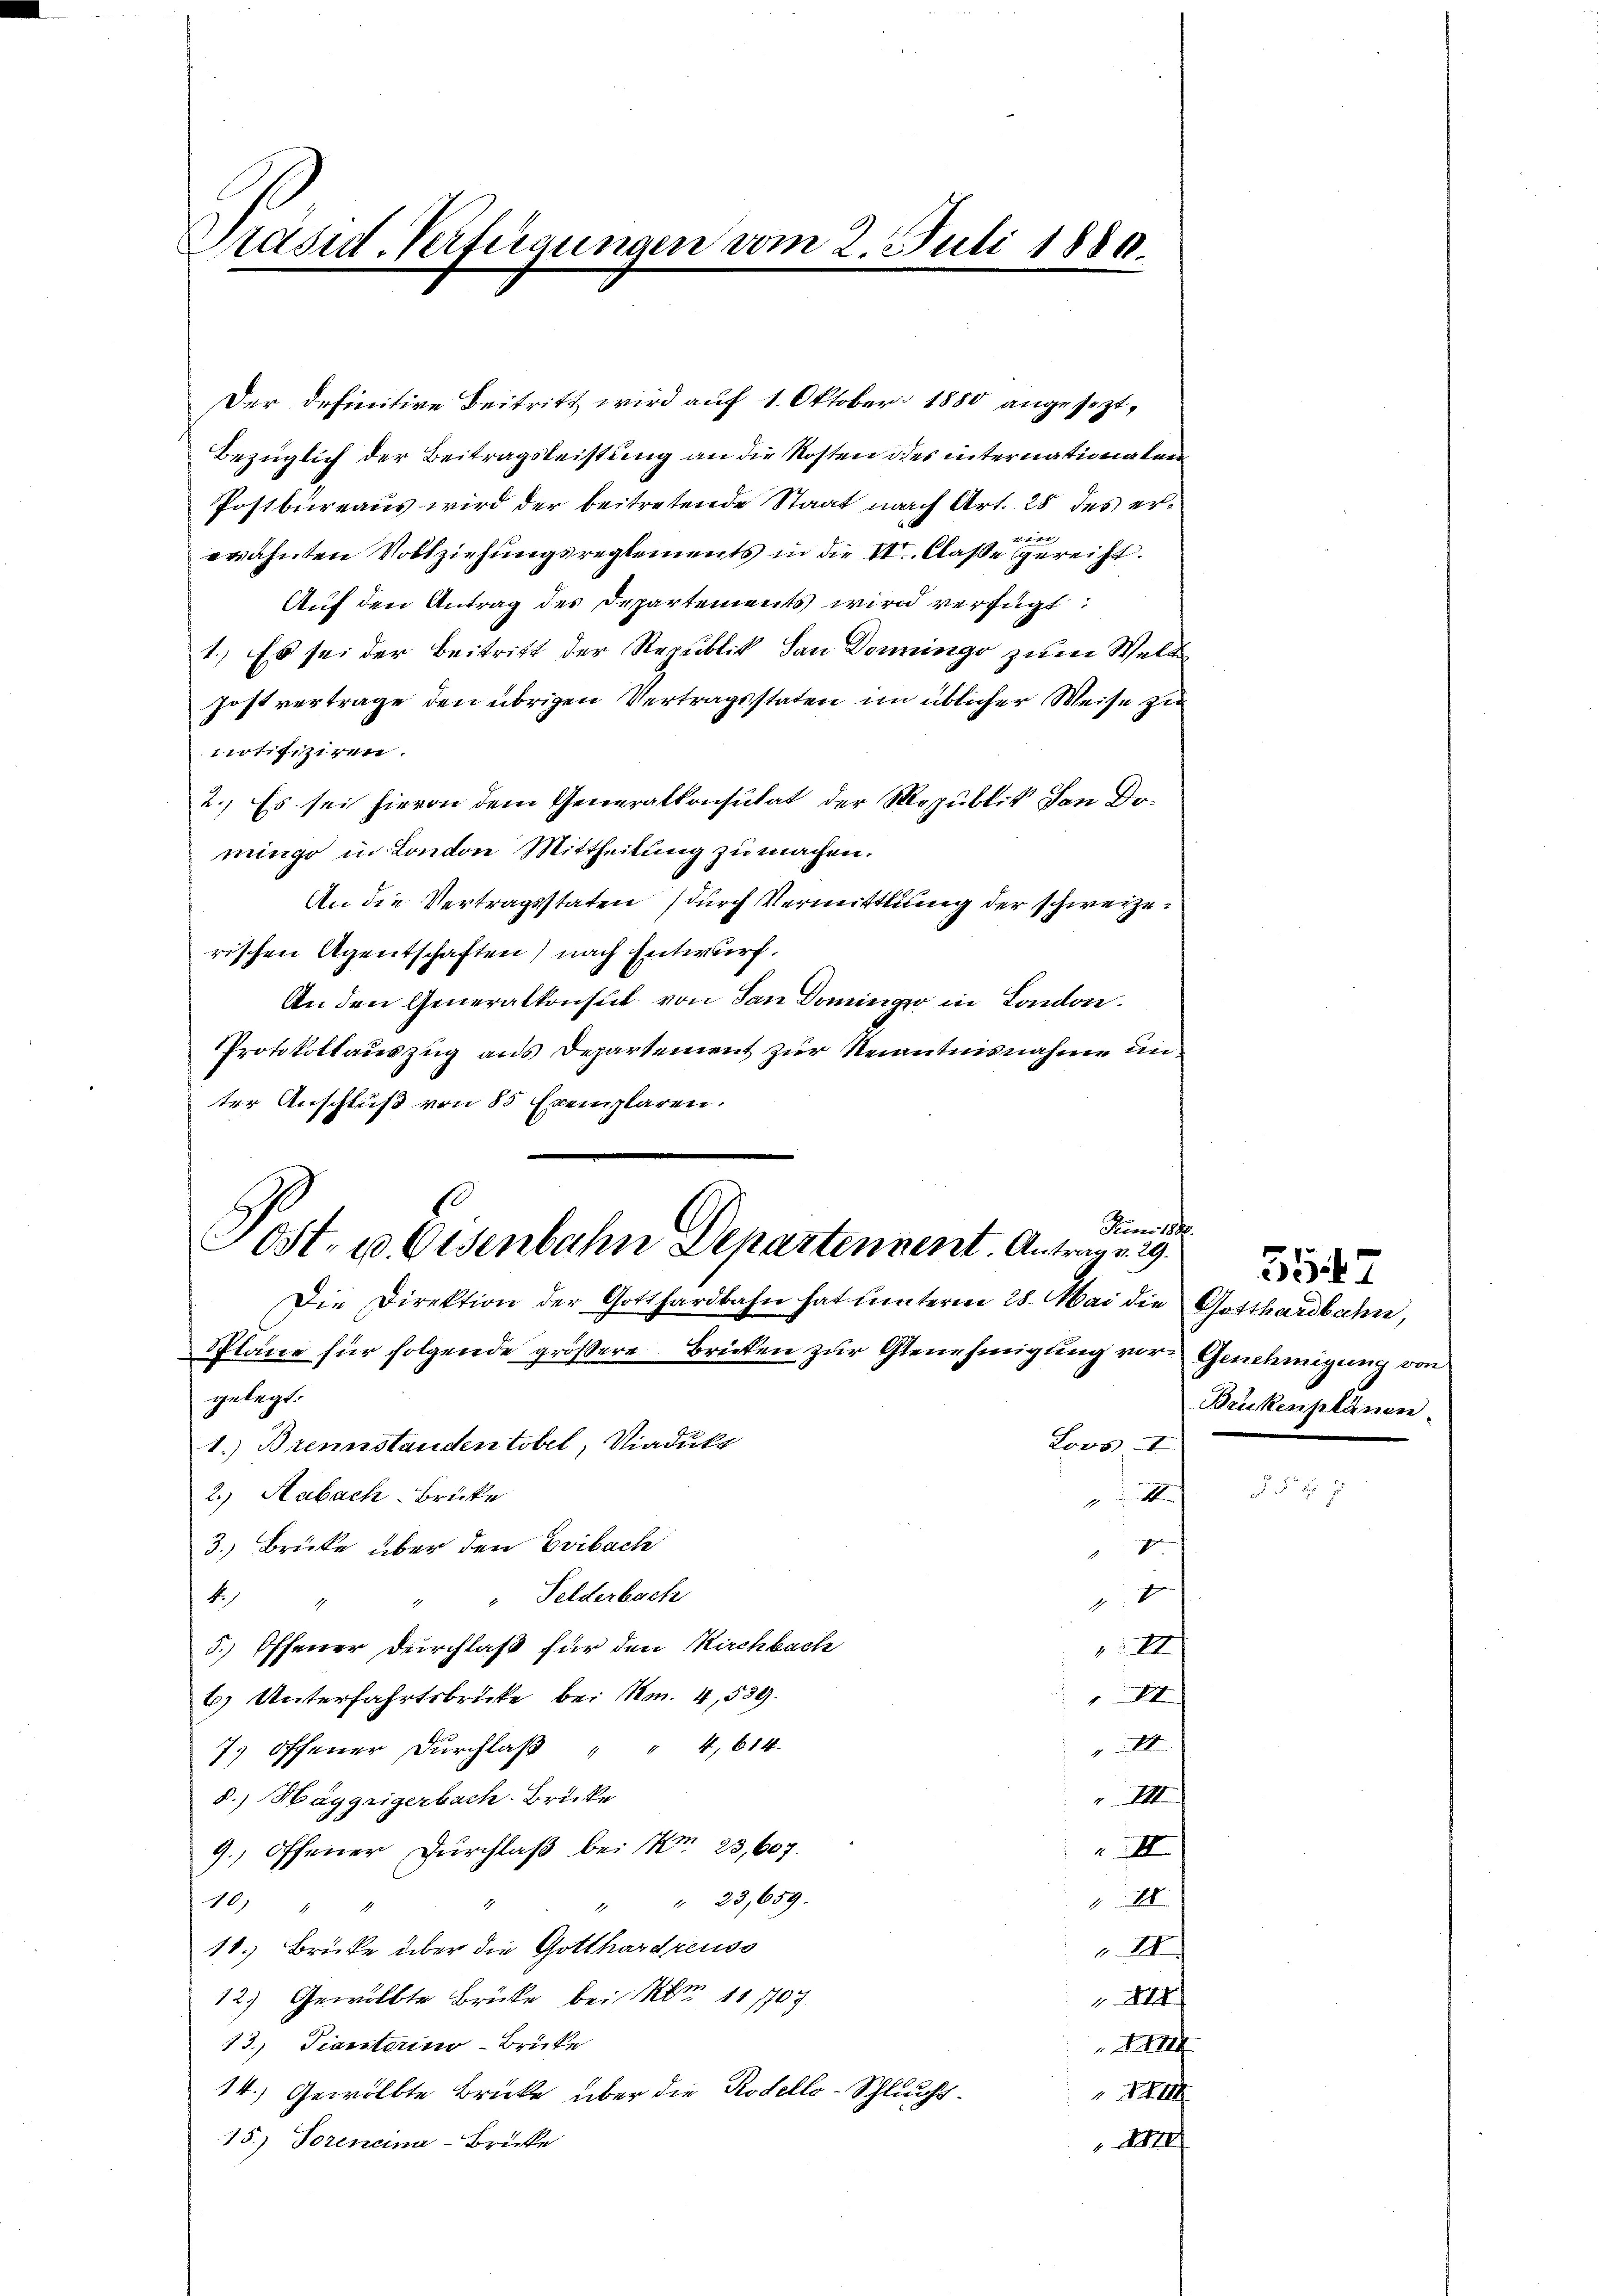
Päsid-Verfügungen vom 2. Juli 1880.

Der definitive Beitritt wird auf 1. Oktober 1880 angesezt,
Bezüglich der Beitragsleistung an die Kosten des internationaten
Postbureaus wird der beitretende Staat nach Art. 28 des erf
erähnten Vollziehungsreglements in die VI. Claße gereicht.
Auf den Antrag des Departements wird verfügt:
1.) Es sei der Beitritt der Republik, dan Donninge zum Welt
postvertrage den übrigen Vertragsstaten im üblicher Weise zu
notifiziren.
2.) Es sei hievon dem Generalkonsulat der Republik den Domingo in London Mittheilung zu machen.
An die Vertragsstaten durch Vermittlung der schweizerischen Agentschaften) nach Entwurf.
An den Generalkonsul von dan Dominger in London.
Protokollauszug aus Departement zur Steiantnisnahme unter Anschluß von 85 Exemplaren.

Juni 18
Sost. u. Eisenbahn Departennent. Antrage. 29.
Die Direktion der Gotthardbahn hat unterm 28. Mai die Gotthardbahn,

Spläne für folgende größere Brücken zur Genehmigung vor Genehmigung von
gelegt.
1. Brennstanden tobel, Viadukt
2.) Habach Brücke
3.) Brücke über den Gribach
" Felderbach
44
5.) Offener Durchlaß für den Kirchbach
6) Unterfahrtsbrücke bei Am. 4, 539.
7) Offener Dŭrchlaβ " " 4,614.
8.) Häggrigerbach Brücke
9.) Offener Durchlaß bei 1 23,607.
" 23,659.
10)
18.) Brüke über die Gotthardreuss
12.) Gewölbte Brücke bei   11 1707
13.) Dienstaino-Brücke
14.) Gewölbte Brücke über die Rodello-Schlucht¬
15.) Toreneina-Brücke

x
XI
I

Loos I
4
V.

III
II
III
I.
444

Alf

d

3547
Brükenplänen.